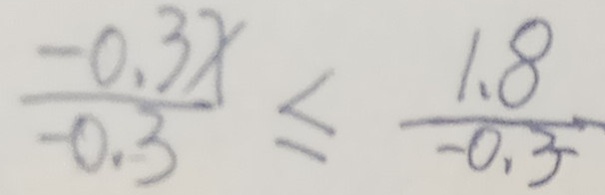
\frac { - 0 . 3 x } { - 0 . 3 } \leq \frac { 1 . 8 } { - 0 . 3 }